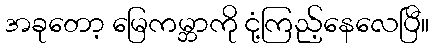
အခုတော့ မြေကမ္ဘာကို ငုံ့ကြည့်နေလေပြီ။